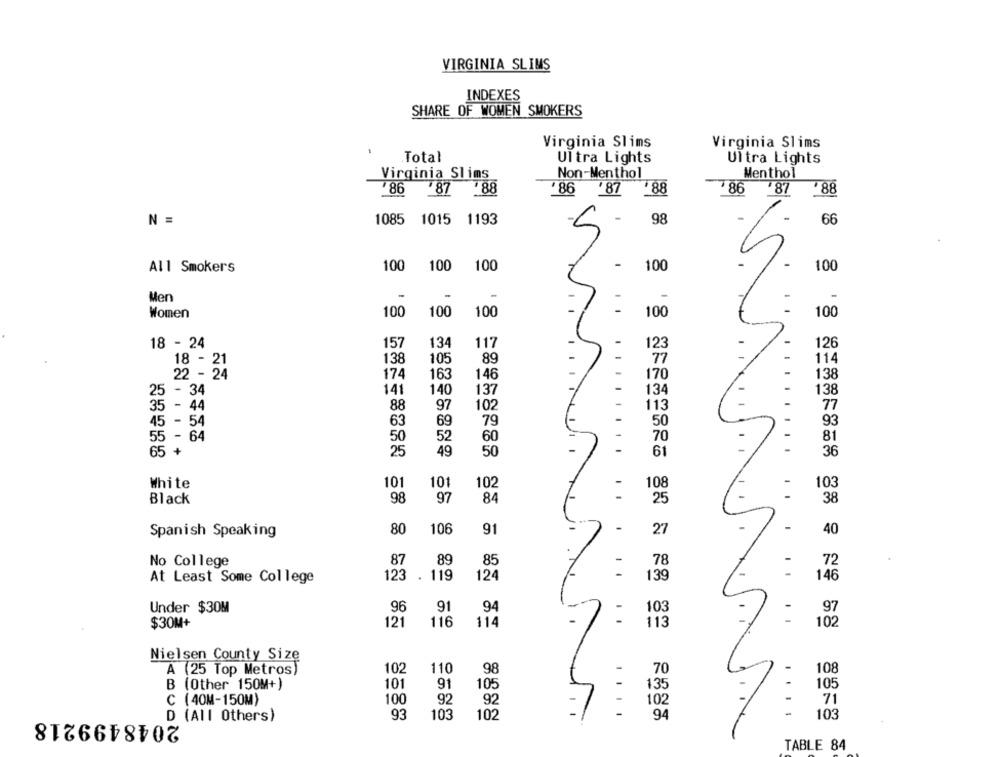
VIRGINIA SLIMS
INDEXES
SHARE OF WOMEN SMOKERS
Virginia Slims
Virginia Slims
.Total
Ultra Lights
Ultra Lights
Virginia Slims
Non-Menthol
Menthol
86
87 88
786
88
86
'87
288
87
N =
1085
66
1015 1193
98
5
100
100
100
-
-
100
All Smokers
100
-
Men
-
-
100
-
Women
100
100
100
100
18 - 24
157
134
117
-
123
126
138
105
89
-
77
11
18 - 21
22 - 24
174
163
146
170
138
25 - 34
141
140
137
134
138
35 - 44
88
97
102
113
77
45 - 54
63
69
79
50
93
55 - 64
50
52
60
70
81
5 +
25
49
50
61
36
White
101
101
102
-
103
108
98
97
84
25
38
Black
80
106
91
-
27
40
Spanish Speaking
87
89
85
-
78
No College
-
72
123
119
139
At Least Some College
124
146
Under $30M
96
91
94
-
103
-
97
$30M+
121
116
114
113
102
Nielsen County Size
A (25 Top Metros)
102
110
98
70
-
108
B (Other 150M+)
101
91
105
135
105
C (40M-150M)
100
92
92
102
-
71
...
D (All Others)
2048499218
93
103
102
94
-
103
TABLE 84